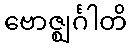
ဗောဇ္ဈင်္ဂါတိ